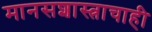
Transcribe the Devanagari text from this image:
मानसशास्त्राचाही